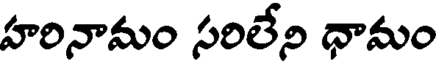
హరినామం సరిలేని ధామం